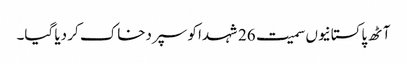
آٹھ پاکستانیوں سمیت 26 شہدا کو سپردخاک کر دیا گیا۔